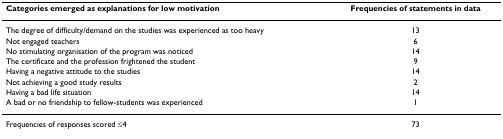
<table><thead><tr><td><b>Categories emerged as explanations for low motivation</b></td><td><b>Frequencies of statements in data</b></td></tr></thead><tbody><tr><td>The degree of difficulty/demand on the studies was experienced as too heavy</td><td>13</td></tr><tr><td>Not engaged teachers</td><td>6</td></tr><tr><td>No stimulating organisation of the program was noticed</td><td>14</td></tr><tr><td>The certificate and the profession frightened the student</td><td>9</td></tr><tr><td>Having a negative attitude to the studies</td><td>14</td></tr><tr><td>Not achieving a good study results</td><td>2</td></tr><tr><td>Having a bad life situation</td><td>14</td></tr><tr><td>A bad or no friendship to fellow-students was experienced</td><td>1</td></tr><tr><td>Frequencies of responses scored ≤4</td><td>73</td></tr></tbody></table>